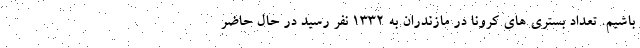
باشیم. تعداد بستری های کرونا در مازندران به ۱۳۳۲ نفر رسید در حال حاضر